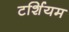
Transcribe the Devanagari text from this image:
टर्शियम